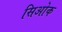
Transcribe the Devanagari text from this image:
सिओक